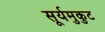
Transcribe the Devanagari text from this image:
सूर्यमुकुट